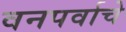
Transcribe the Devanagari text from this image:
वनपर्वाचे